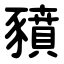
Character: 豶